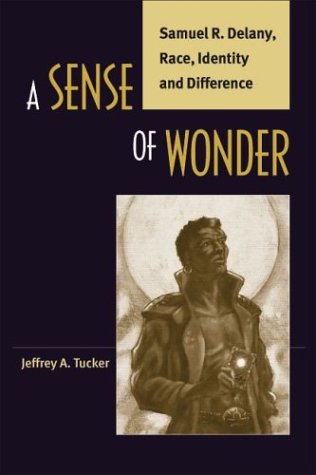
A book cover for A Sense of Wonder: Samuel R. Delany, Race, Identity, and Difference; Jeffrey Allen Tucker; Science Fiction & Fantasy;